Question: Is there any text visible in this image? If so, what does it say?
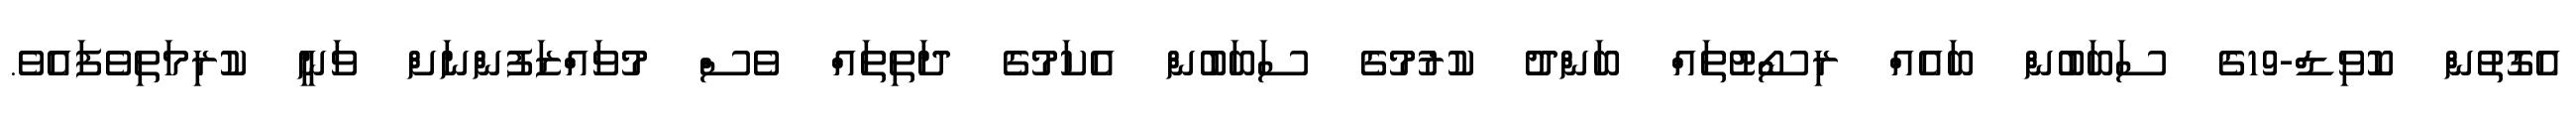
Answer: އެގޮތުން ކޮވިޑް-19ގެ ސަބަބުން ބައެއް ރިސޯޓުތައް ބަންދު ކުރުމުގެ ސަބަބުން އެކަމުގެ ދަތިތައް ވެސް މުވައްޒަފުންނަށް ވަނީ ކުރިމަތިވެފައެވެ.